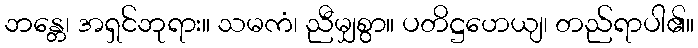
ဘန္တေ၊ အရှင်ဘုရား။ သမကံ၊ ညီမျှစွာ။ ပတိဋ္ဌဟေယျ၊ တည်ရာပါ၏။